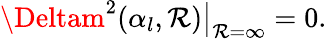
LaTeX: \Deltam^{2}(\alpha_{l},\mathcal{R})\big|_{\mathcal{R}=\infty}=0.